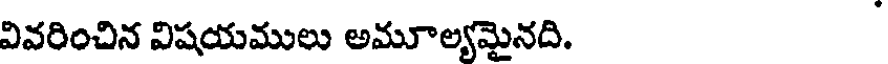
వివరించిన విషయములు అమూల్యమైనది.